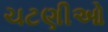
ચટણીઓ